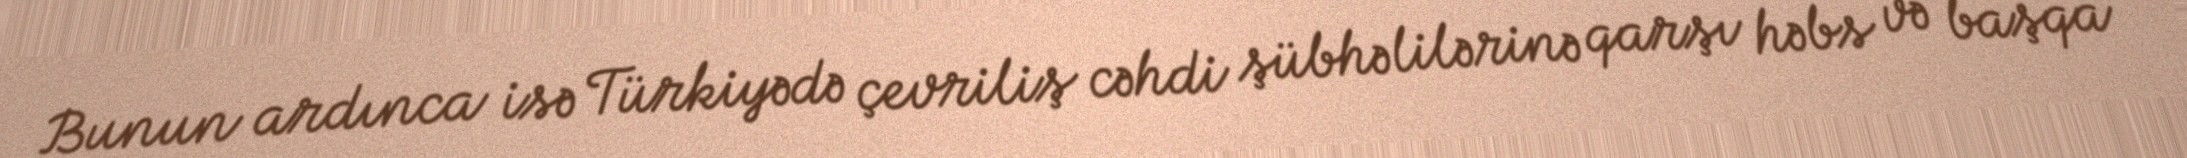
Bunun ardınca isə Türkiyədə çevriliş cəhdi şübhəlilərinə qarşı həbs və başqa